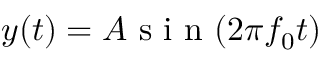
y ( t ) = A \mathrm { ~ s ~ i ~ n ~ } ( 2 \pi f _ { 0 } t )